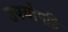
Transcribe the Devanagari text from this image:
उपयोगहि